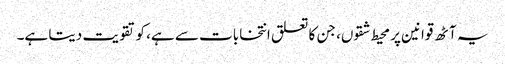
یہ آٹھ قوانین پر محیط شقوں، جن کا تعلق انتخابات سے ہے، کو تقویت دیتا ہے۔